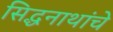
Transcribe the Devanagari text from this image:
सिद्धनाथांचे